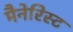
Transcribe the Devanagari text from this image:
मैनेरिस्ट